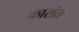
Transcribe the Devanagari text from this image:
कारांत